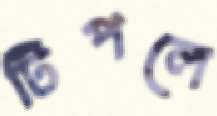
টিপলে